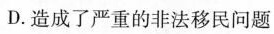
D.造成了严重的非法移民问题